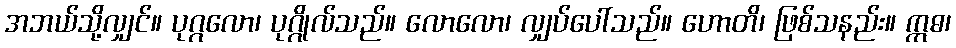
အဘယ်သို့လျှင်။ ပုဂ္ဂလော၊ ပုဂ္ဂိုလ်သည်။ လောလော၊ လျှပ်ပေါ်သည်။ ဟောတိ၊ ဖြစ်သနည်း။ ဣဓ၊